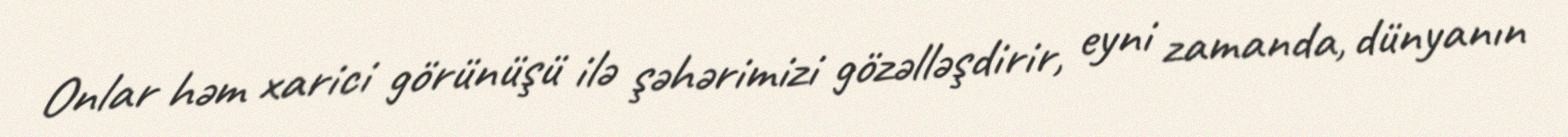
Onlar həm xarici görünüşü ilə şəhərimizi gözəlləşdirir, eyni zamanda, dünyanın